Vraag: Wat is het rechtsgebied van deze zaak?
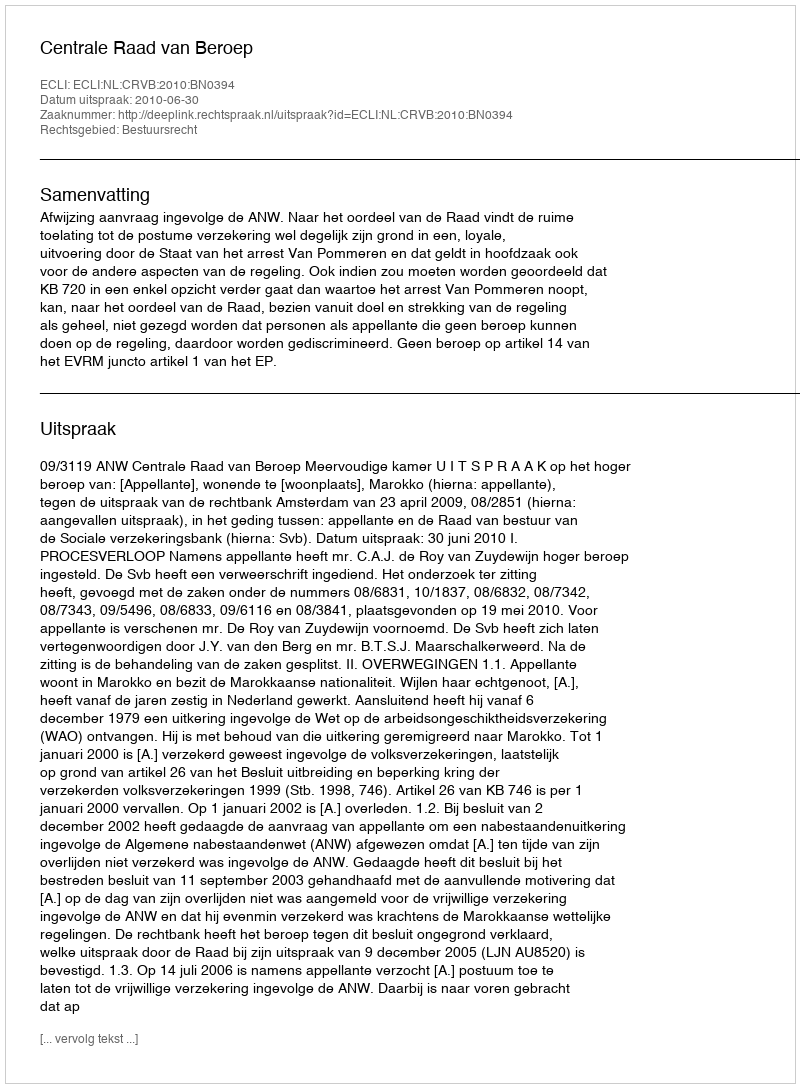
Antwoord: Bestuursrecht